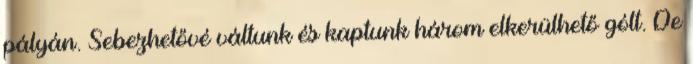
pályán. Sebezhetővé váltunk és kaptunk három elkerülhető gólt. De